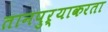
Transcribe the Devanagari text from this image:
तानपुऱ्याकरता